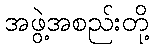
အဖွဲ့အစည်းတို့